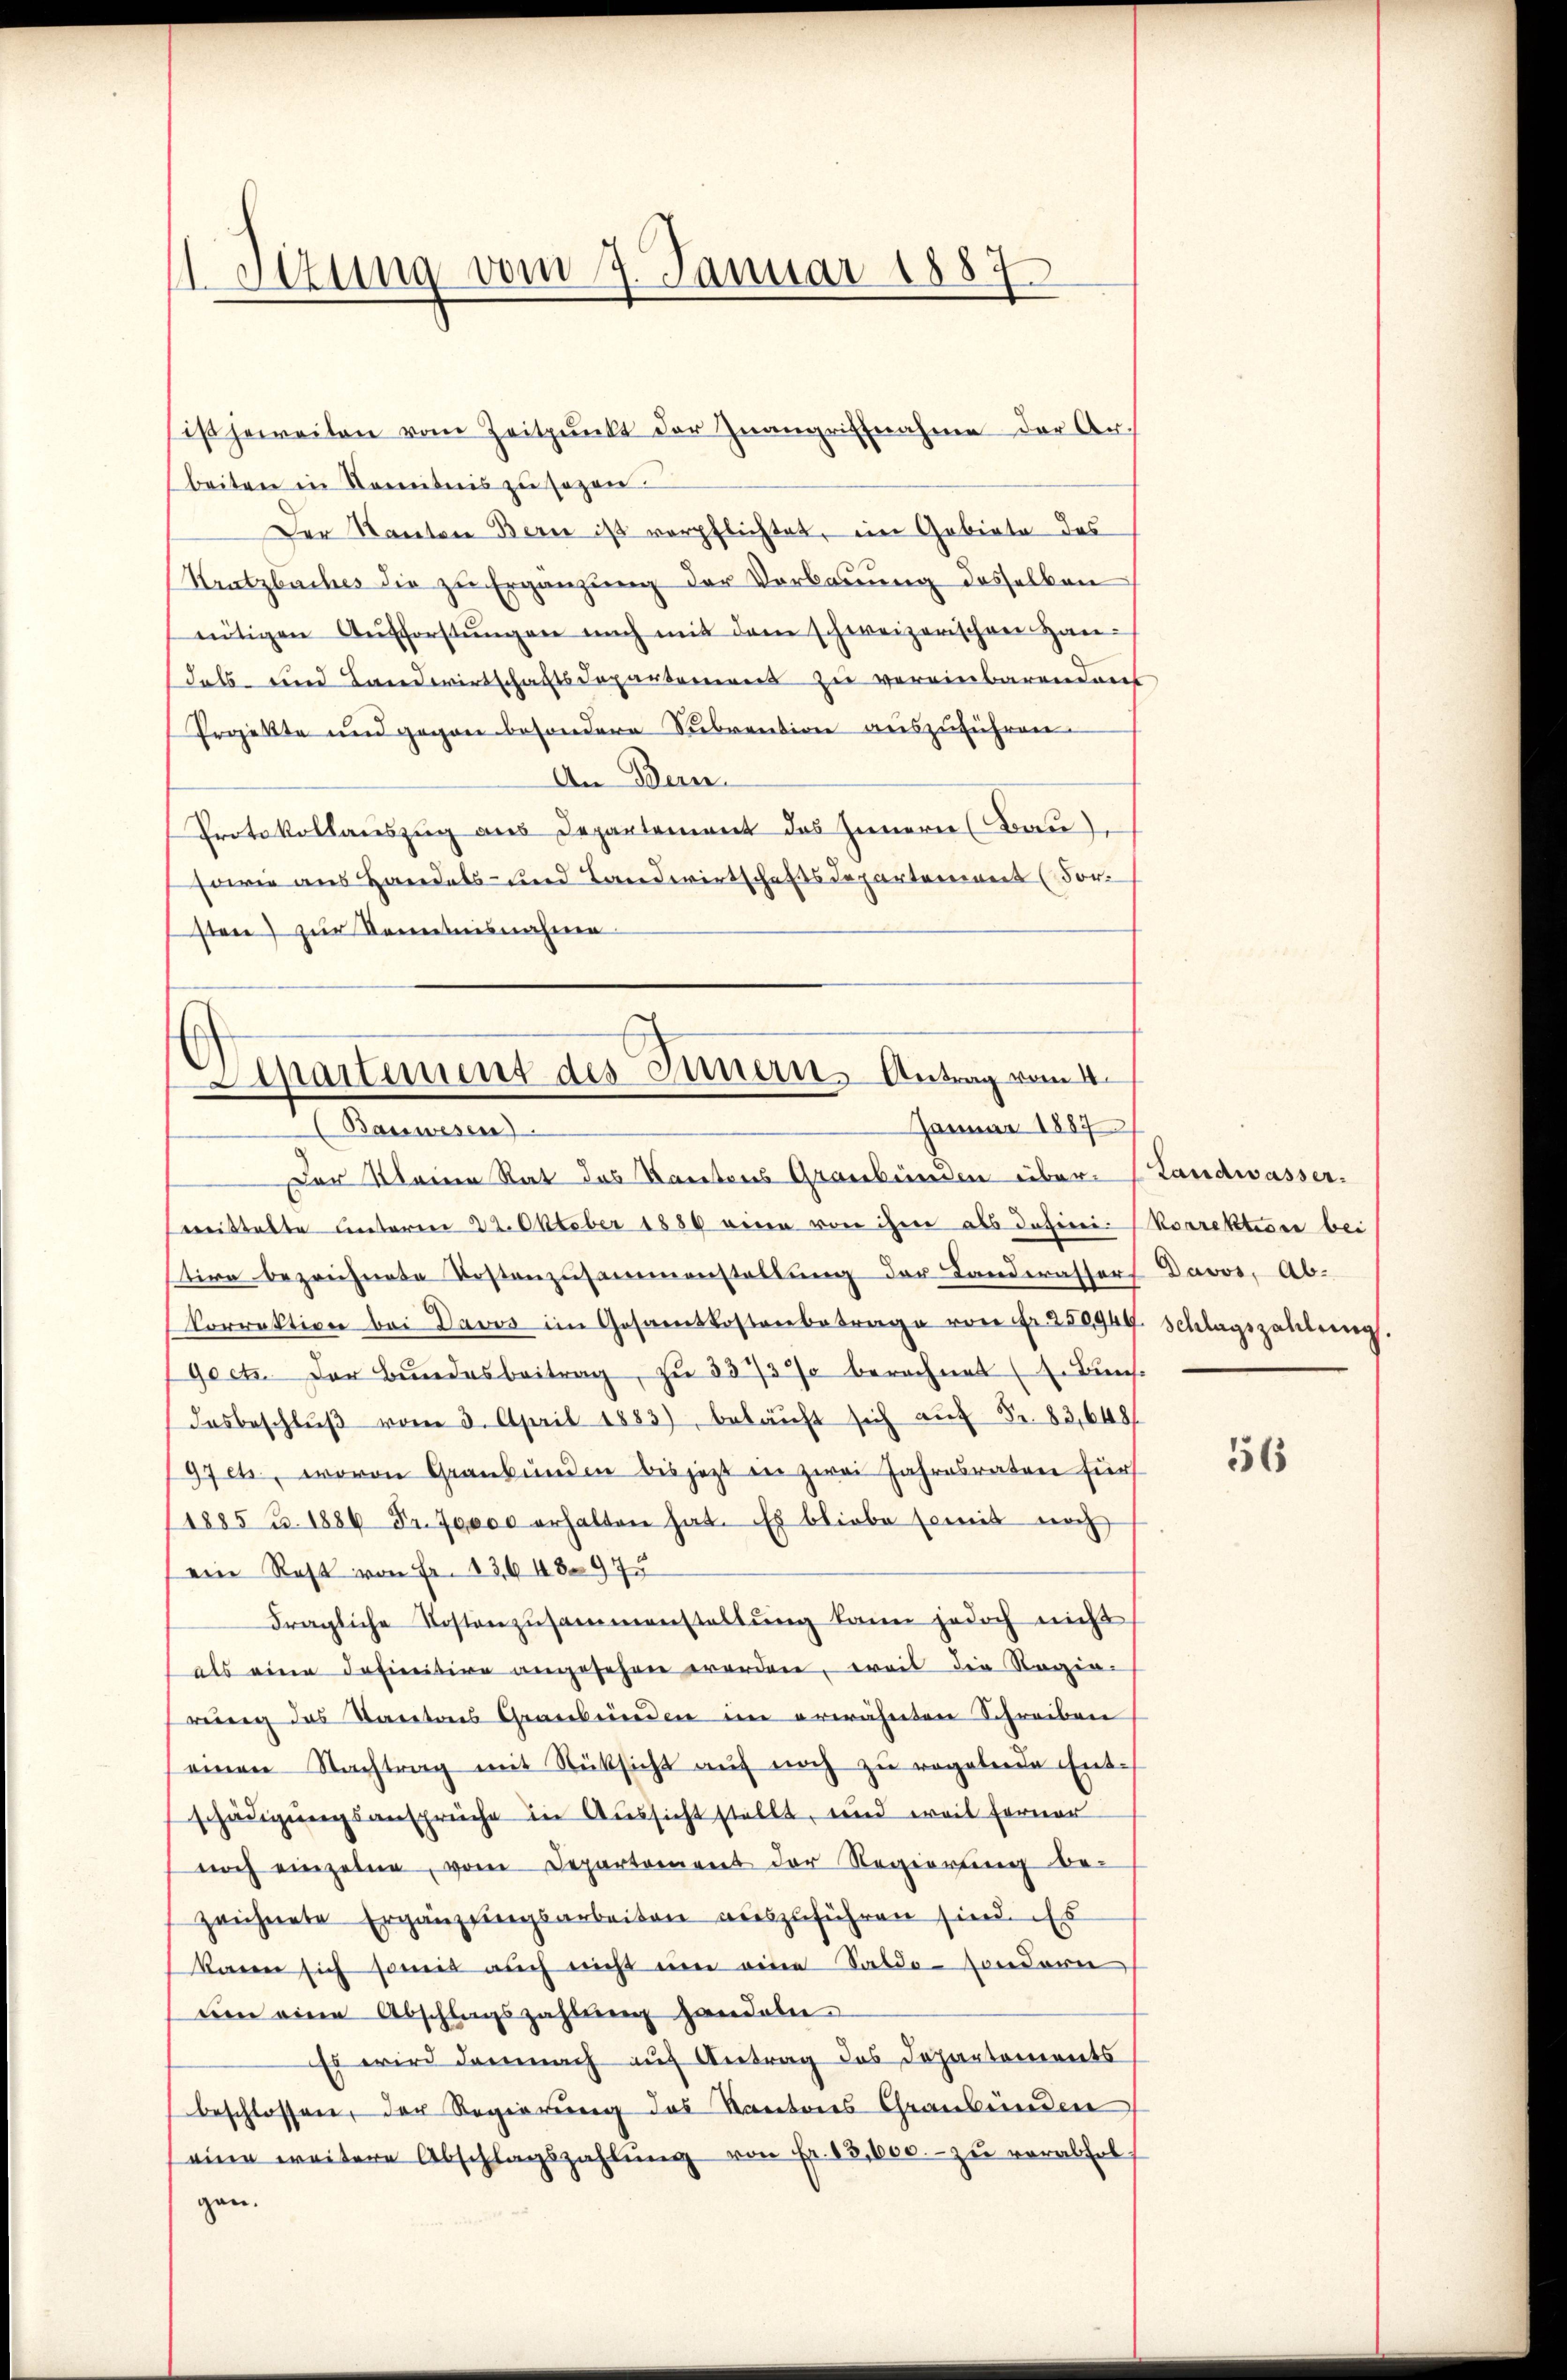
etzung vom 7. Januar 1887

ist jeweilen vom Zeitpunkt der Zŭangriffnahme der Arbeiten in Kenntnis zu sezen.
Der Kanton Bern ist verpflichtet, ein Gebiete des
Kratzbuches die zu Ergänzung der Verbauung desselben
nütigen Aŭsforstŭngen mich mit dem schweizerischen Han-
dals und Landwirtschaftsdepartemens zu vereinbarendens
Projekte und gegen besondere Subvention auszuführen.
An Bern
Protokollauszug aus Departement des Innern (Bau
sowie aus Handels- und Landwirtschaftsdepartement (For
sten zur Kenntnisnahme.
Apartement des Innern Antrag vom 4.

Januar 1887
Bauwesen

Der Meine Rat des Kantons Graubünden über-Landwasser.
meistalte Unterm 22. Oktober 1889 einen von ihm als defini-Korrektione bei
stire bezeichnete Kostenzusammenstellung der Landerassers Davos, Ab-
korrektion bei Davos im Gesamtkostenbetrage von fr. 250944. Schlagszahlŭng.
Goetz der Bundesbeitrag, zu 3373% berechnet (z. Buns
desbeschlŭβ vom 3. April 1883) bekaŭft sich aŭf Fr. 83,648/
97 etc., wovon Graubünden bis jetzt in zwei Jahresraten für
1885 u. 1884 Fr. 70000 erhalten hat. Es bliebe somit noch
ein Rest von Fr. 13648 975
Fragliche Kostenzusammenstellung kann jedoch nicht
als eine definitive angesehen worden, weil die Ragia-
rung des Kantons Graubünden im erwähnten Schreiben
einen Nachtrag mit Rücksicht auf noch zu regetene Entschädigungsansprüche in Aussicht stellt, und weil ferner
noch einzelne, vom Departement der Regierung be-
zeichnete Ergänzlingsarbeiten auszuführen sind. Es
kann sich somit auch nicht um eine Saldo- sondern
ŭm eine Abschlagszahlung handeln.
Es wird demnach auf Antrag des Departements
beschlossen, der Regierung des Kantons Graubünden
eine weitere Abschlagszahlŭng von fr. 83,600.- zŭ verabfolgen.

556